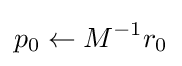
p_{0}\leftarrow M^{-1}r_{0}